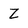
Character: Z